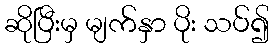
ဆိုပြီးမှ မျက်နှာ ပိုး သပ်၍